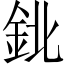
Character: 鉳